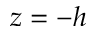
z = - h